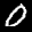
Label: 0